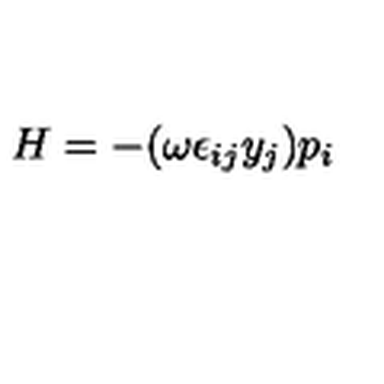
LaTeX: H = - ( \omega \epsilon _ { i j } y _ { j } ) p _ { i }